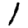
Digit: 1